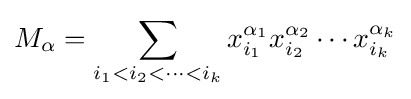
M_{\alpha }=\sum _{i_{1}<i_{2}<\cdots <i_{k}}x_{i_{1}}^{\alpha _{1}}x_{i_{2}}^{\alpha _{2}}\cdots x_{i_{k}}^{\alpha _{k}}